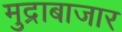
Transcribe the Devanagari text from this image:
मुद्राबाजार